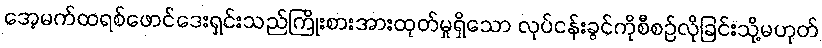
အေ့မက်ထရစ်ဖောင်ဒေးရှင်းသည်ကြိုးစားအားထုတ်မှုရှိသော လုပ်ငန်းခွင်ကိုစီစဉ်လိုခြင်းသို့မဟုတ်